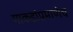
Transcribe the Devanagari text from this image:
माकडांप्रमाणेच